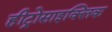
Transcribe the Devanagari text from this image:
हीट्रोसाइक्लिक